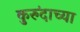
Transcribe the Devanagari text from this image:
कुरुंदाच्या